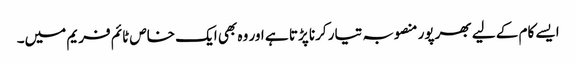
ایسے کام کے لیے بھرپور منصوبہ تیار کرنا پڑتا ہے اور وہ بھی ایک خاص ٹائم فریم میں۔